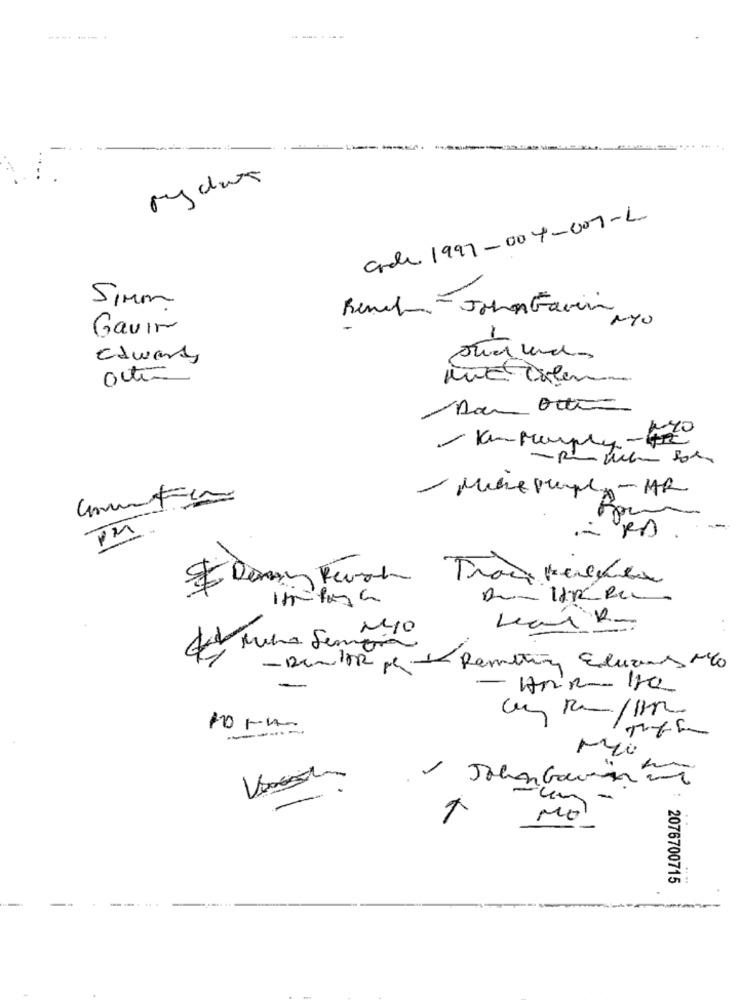
--
Code 1997-004-001-L
Simon
NYO
Gavin
edward
/KmMumply-40
Mere prepe - HR
PM
-
La Miha Sempra
- DemitR pe de Remeeting Eduzins Ml
Mo
-un -
Mo
2076700715
....